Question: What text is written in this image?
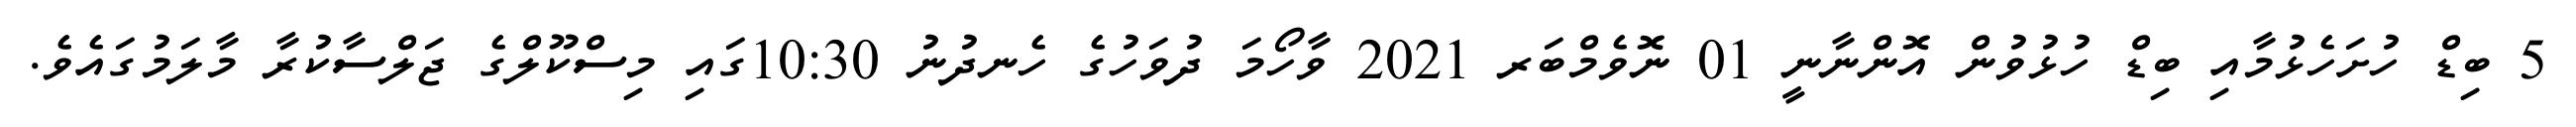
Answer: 5 ބިޑް ހުށަހެޅުމާއި ބިޑް ހުޅުވުން އޮންނާނީ 01 ނޮވެމްބަރ 2021 ވާހޯމަ ދުވަހުގެ ހެނދުނު 10:30ގައި މިސްކޫލްގެ ޖަލްސާކުރާ މާލަމުގައެވެ.